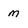
Character: m